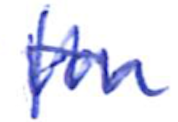
Text: for
Cross-out: mix
Writing tool: ballpoint